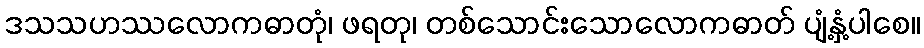
ဒသသဟဿလောကဓာတုံ၊ ဖရတု၊ တစ်သောင်းသောလောကဓာတ် ပျံ့နှံ့ပါစေ။